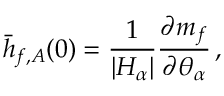
\bar { h } _ { f , A } ( 0 ) = { \frac { 1 } { | H _ { \alpha } | } } { \frac { \partial m _ { f } } { \partial \theta _ { \alpha } } } \, ,